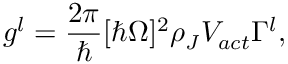
g ^ { l } = \frac { 2 \pi } { \hbar } [ \hbar \Omega ] ^ { 2 } \rho _ { J } V _ { a c t } \Gamma ^ { l } ,